Leaving Certificate Examination, 1918
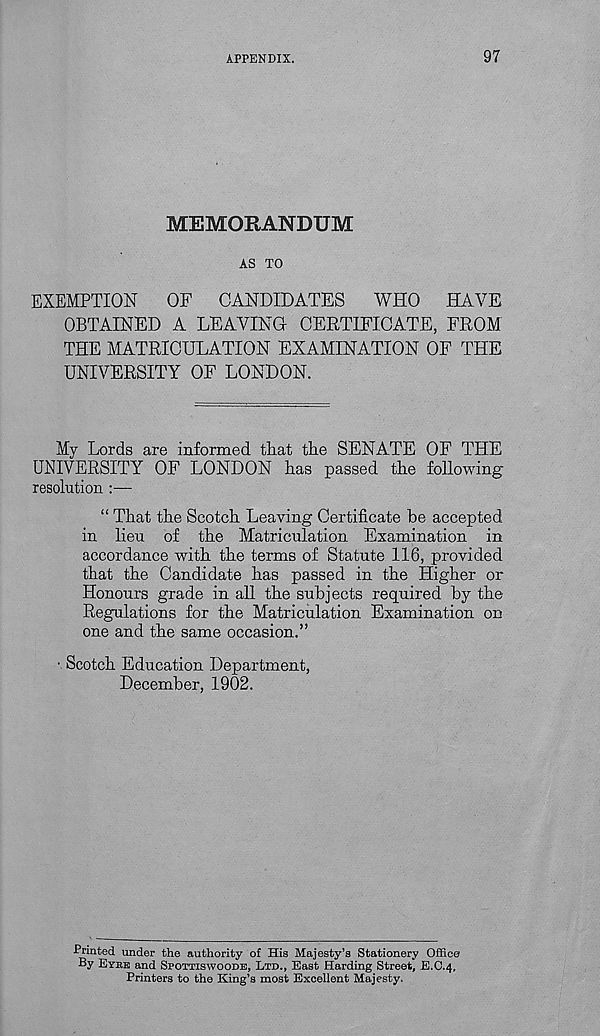
APPENDIX.
97
MEMORANDUM
AS TO
EXEMPTION
OF
CANDIDATES
WHO
HAVE
OBTAINED A LEAVING CERTIFICATE, FROM
THE MATRICULATION EXAMINATION OF THE
UNIVERSITY OF LONDON.
My Lords are informed that the SENATE OF THE
UNIVERSITY OF LONDON has passed the following
resolution —
“ That the Scotch Leaving Certificate be accepted
in lieu of the Matriculation Examination in
accordance with the terms of Statute 116, provided
that the Candidate has passed in the Higher or
Honours grade in all the subjects required by the
Regulations for the Matriculation Examination on
one and the same occasion.”
■ Scotch Education Department,
December, 1902.
Printed under the authority of His Majesty’s Stationery Office
By Eyre and Spottiswoode, Ltd., East Harding Street, E.C.4,
Printers to the King’s most Excellent Majesty.